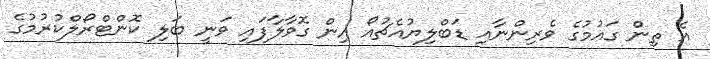
އެ ތިން ގައުމުގެ ވެރިންނާއި ޑަބްލިޔުއެޗުއޯ އިން ގޮވާލާފައި ވަނީ ބަލި ކޮންޓްރޯލްކުރުމުގެ